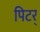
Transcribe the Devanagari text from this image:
पिटर्